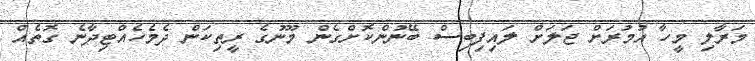
މަރާލި މީހާ އުމުރަށް ޖަލަށް ލައިފިބިސް ބޭނުންކޮށްގެން މޫނުގެ ރީތިކަން ދެމެހެއްޓިދާނެ ގޮތެއް